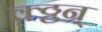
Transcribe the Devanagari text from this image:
क़्ठ्ठन्र्